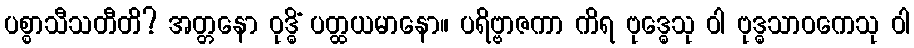
ပစ္စာသီသတီတိ? အတ္တနော ဝုဒ္ဓိံ ပတ္ထယမာနော။ ပရိဗ္ဗာဇကာ ကိရ ဗုဒ္ဓေသု ဝါ ဗုဒ္ဓသာဝကေသု ဝါ